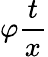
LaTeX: \varphi{\frac{t}{x}}